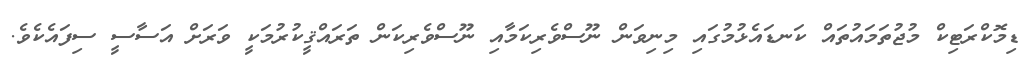
ޑިމޮކްރަޓިކް މުޖުތަމައުތައް ކަނޑައެޅުމުގައި މިނިވަން ނޫސްވެރިކަމާއި ނޫސްވެރިކަން ތަރައްޤީކުރުމަކީ ވަރަށް އަސާސީ ސިފައެކެވެ.